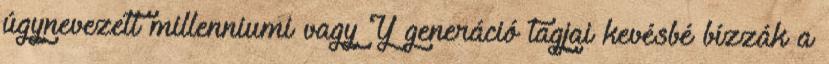
úgynevezett millenniumi vagy Y generáció tagjai kevésbé bízzák a